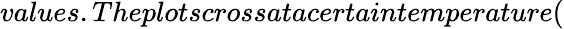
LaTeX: values.Theplotscrossatacertaintemperature(